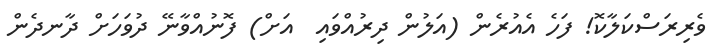
ވެރިރަސްކަލާކޮ! ފަހެ އެއުރެން (އަލުން ދިރުއްވައި  އަށް) ފޮނުއްވާނޭ ދުވަހަށް ދާނދެން